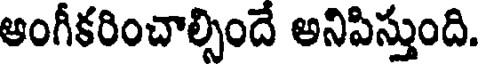
ఆంగీకరించాల్సిందే అనిపిస్తుంది.